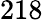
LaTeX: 218